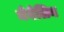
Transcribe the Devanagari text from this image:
मेबेलिन